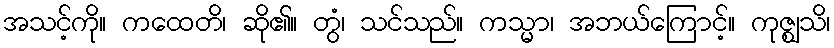
အသင့်ကို။ ကထေတိ၊ ဆို၏။ တွံ၊ သင်သည်။ ကသ္မာ၊ အဘယ်ကြောင့်။ ကုဇ္ဈသိ၊